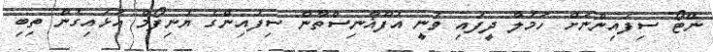
ނޭޓޯ ސިފައިންނަށް ހަމަލާ ދީފައި ވަނީ އަފްޣާނިސްތާން ސިފައިންގެ ޔުނިފޯމް އަޅައިގެން ތިބި